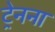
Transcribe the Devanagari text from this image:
ट्रेनना